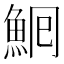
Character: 𩶠